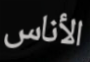
الأناس